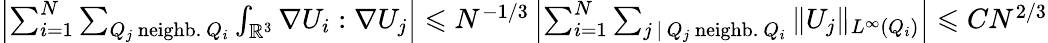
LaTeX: \begin{array}{r}{\left|\sum_{i=1}^{N}\sum_{Q_{j}\mathrm{~neighb.~}Q_{i}}\int_{\mathbb R^{3}}\nabla U_{i}:\nabla U_{j}\right|\leqslant N^{-1/3}\left|\sum_{i=1}^{N}\sum_{j\, |\, Q_{j}\mathrm{~neighb.~}Q_{i}}\| U_{j}\| _{L^{\infty}(Q_{i})}\right|\leqslant CN^{2/3}}\end{array}